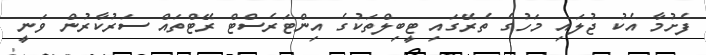
ފެށުމާ އެކު ޖުލައި މަހުގެ ތެރޭގައި ޓީބިލްތަކުގެ އިންޓަރެސްޓް ރޭޓްތައް ސަރުކާރުން ވަނީ